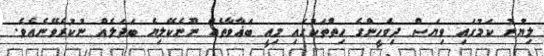
ލިޔުނު ކަމުގައި ވިޔަސް ދިވެހީންގެ ހިތްތަކުގައި މިއީ ބަޣާވާތެއް ނޫނެކޭލިޔެ ބަދަލެއް ނުކުރެވޭނެއެވެ.